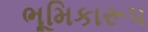
ભૂમિકારૂપ